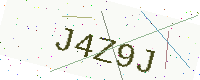
Text: J4Z9J